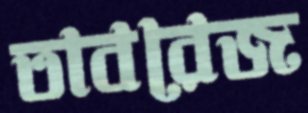
তাবরেজ